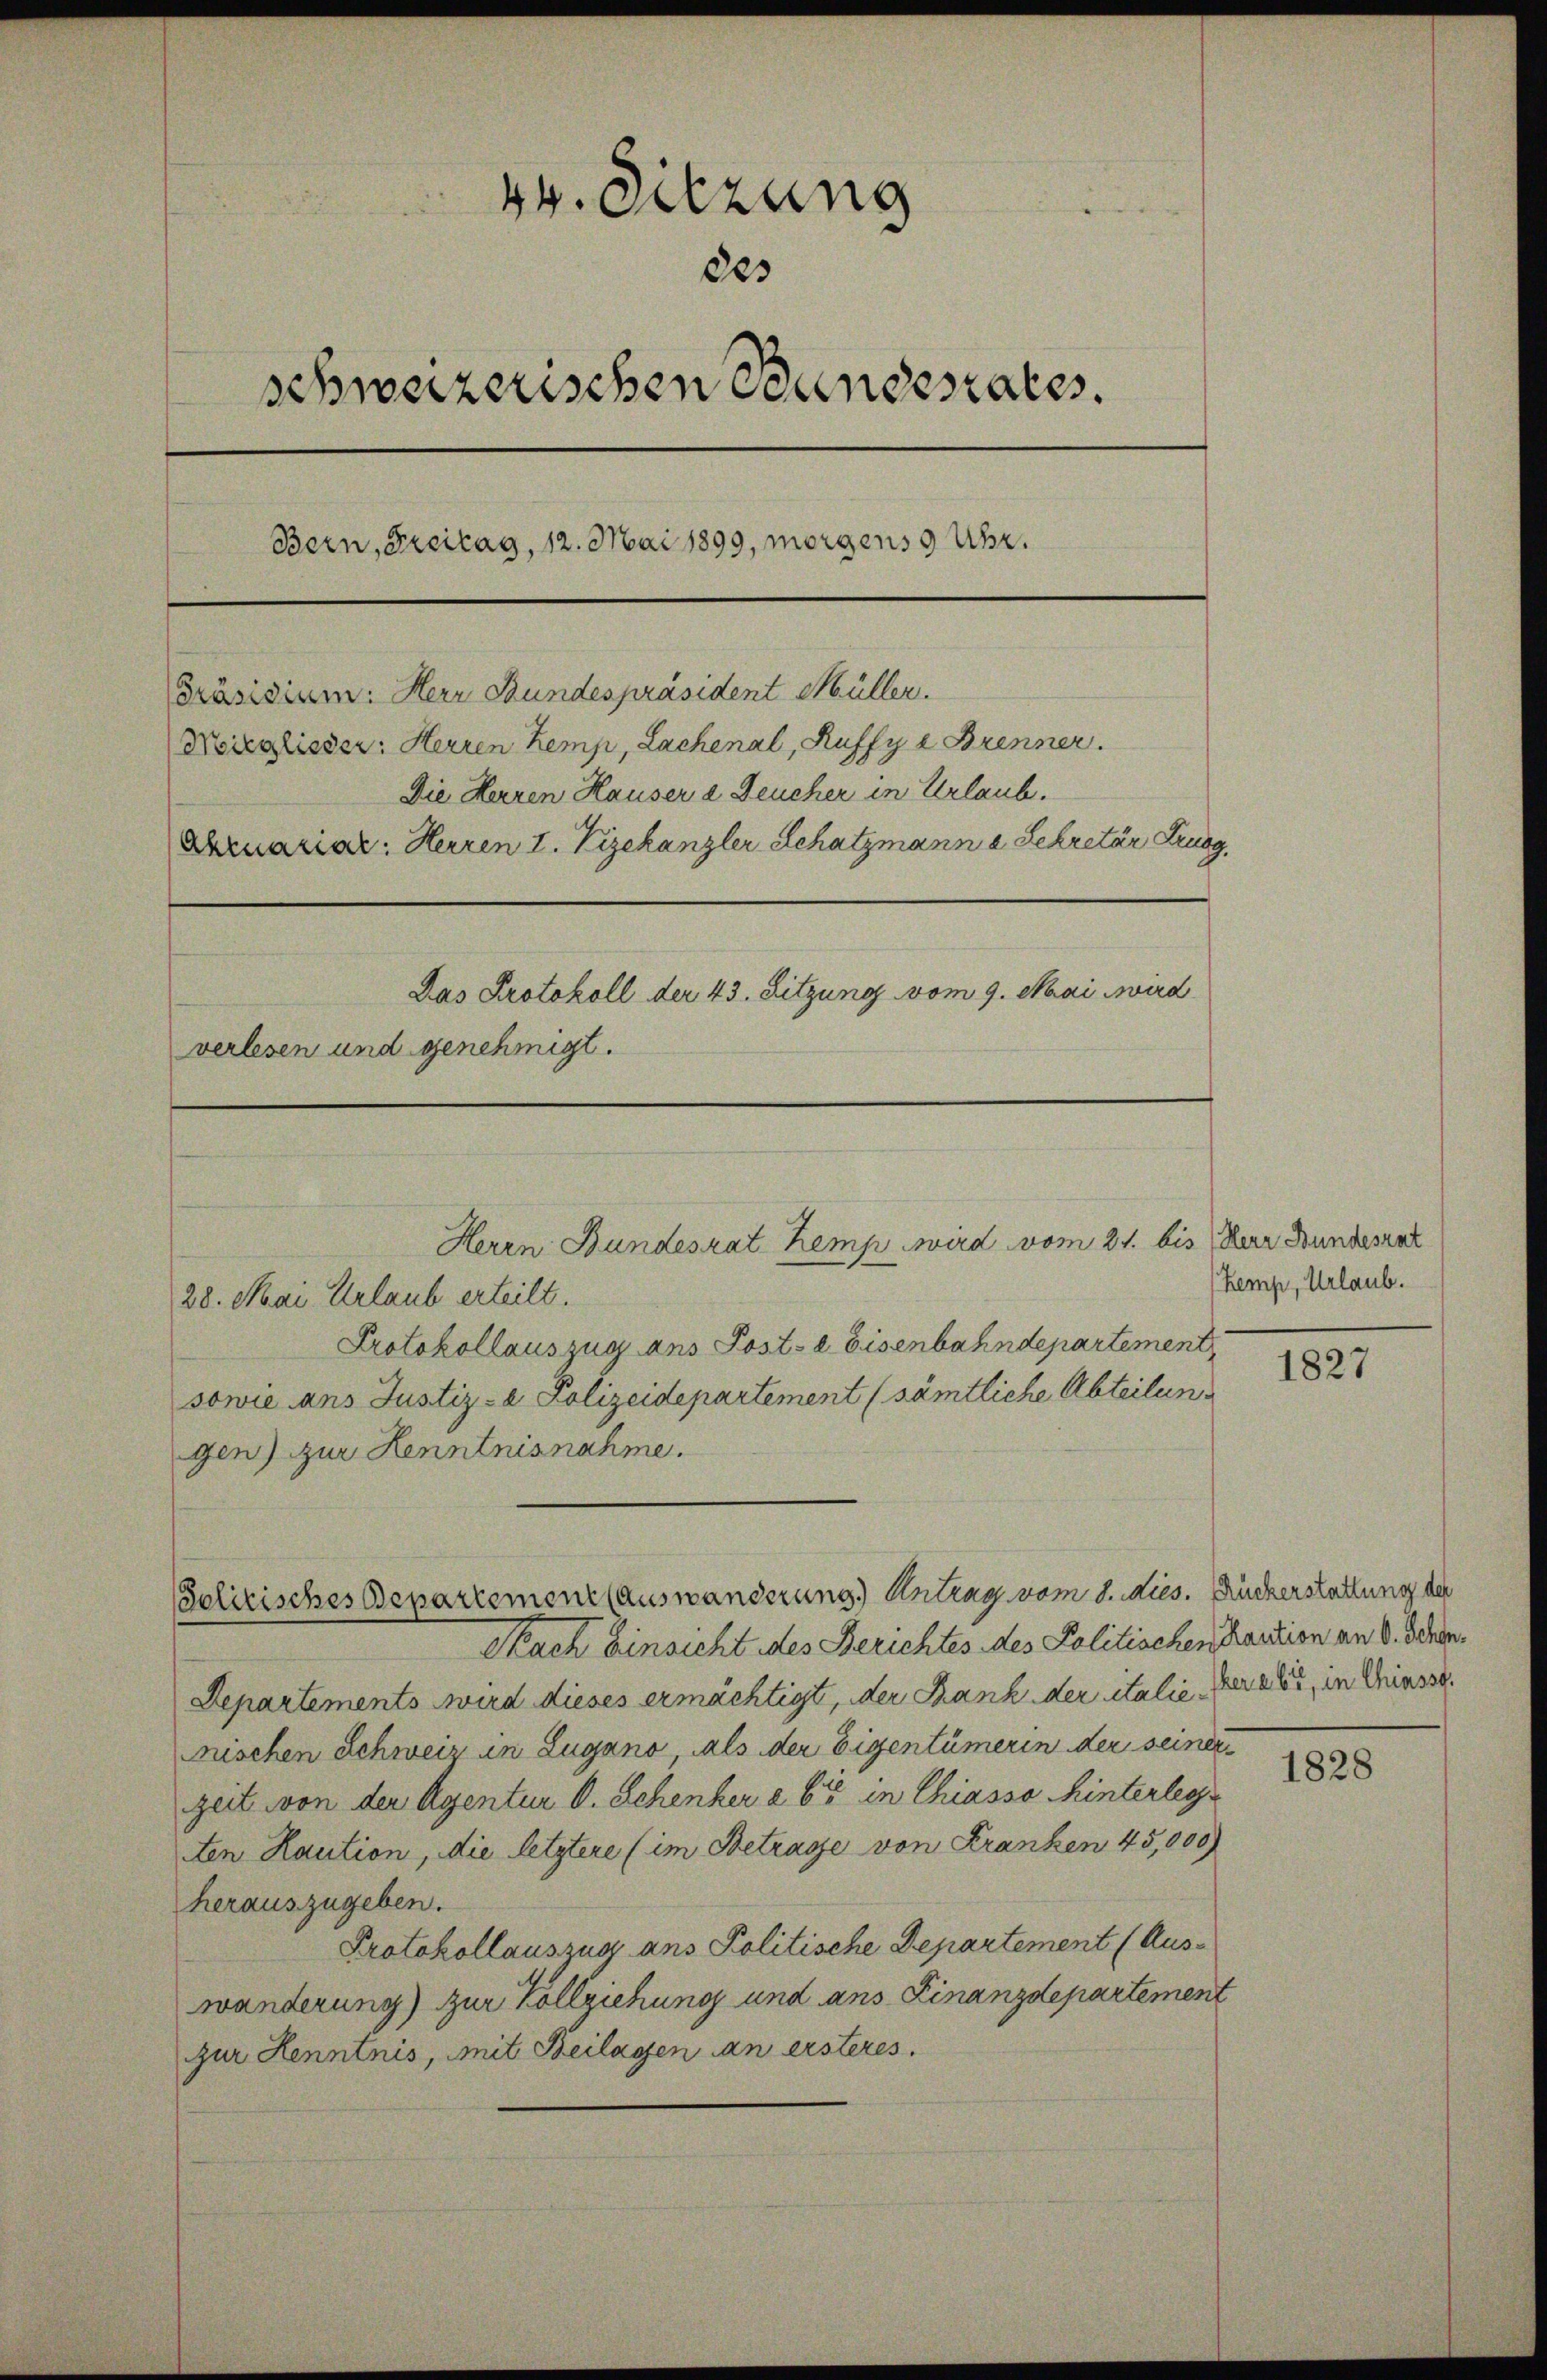
44. Sitzung
des
schweizerischen Bandesrates.
Bern, Freitag, 12. Mai 1899, morgens 9 Uhr.
Präsidium: Herr Bundespräsident Müller.
Norglieder: Herren Kemp, Lachenal, Ruffy e Brenner
Die Herren Hauser 2 Feucher in Urlaub.
Abruariar: Herren I. Vizekanzler Schatzmann a Sekretär Krueg
Das Protokoll der 43. Sitzung vom 9. Mai wird
verlesen und genehmigt.

28. Mai Urlaub erteilt.
Protokollauszug ans Post- & Eisenbahndepartement
sowie ans Justiz- & Polizeidepartement (sämtliche Abteilung
gen) zur Kenntnisnahme.

Herrn Bundesrathemp wird vom 21. bis Herr Bundesrat

Solitisches Besartement (auswänderung.) Antrag vom 8. dies. Ruckerstattung der
Nach Einsicht des Berichtes des Politischen Kaution an 8. Jahr
Departements wird dieses ermächtigt, der Bank der italie der alt, in Chiesse
nischen Schweiz in Zugano als der Eigentümerin der seiner
zeit von der Agentur O. Schenker a 6 in Chiasso hinterleg
ten Haution, die letztere (im Betrage von Franken 45,000
herauszugeben.
Protokollauszug ans Politische Departement (Auswänderung) zur Vollziehung und ans Finanzdepartement
zur Henntnis, mit Beilagen an ersteres.

Kemp, Urlaub.

1827

1828